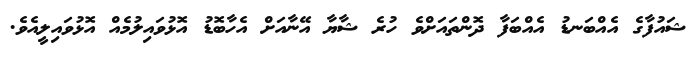
ޝައުފާގެ އެއްބަނޑު އެއްބަފާ ދޮންތައަށްވެ ހުރެ ޝާޔާ އޭނާއަށް އެހާބޮޑު އޮޅުވައިލުމެއް އޮޅުވައިލީއެވެ.